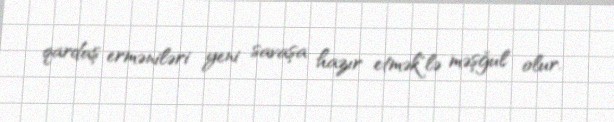
qardaş erməniləri yeni savaşa hazır etmək"lə məşğul olur.